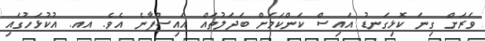
ވަރަށް ގިނަ ކޮޅިގަނޑު އައިސް ކަންކަމަށް ބަދަލުތައް އައިސްފާނެ އެވެ. އއ. އުކުޅަހުގައި